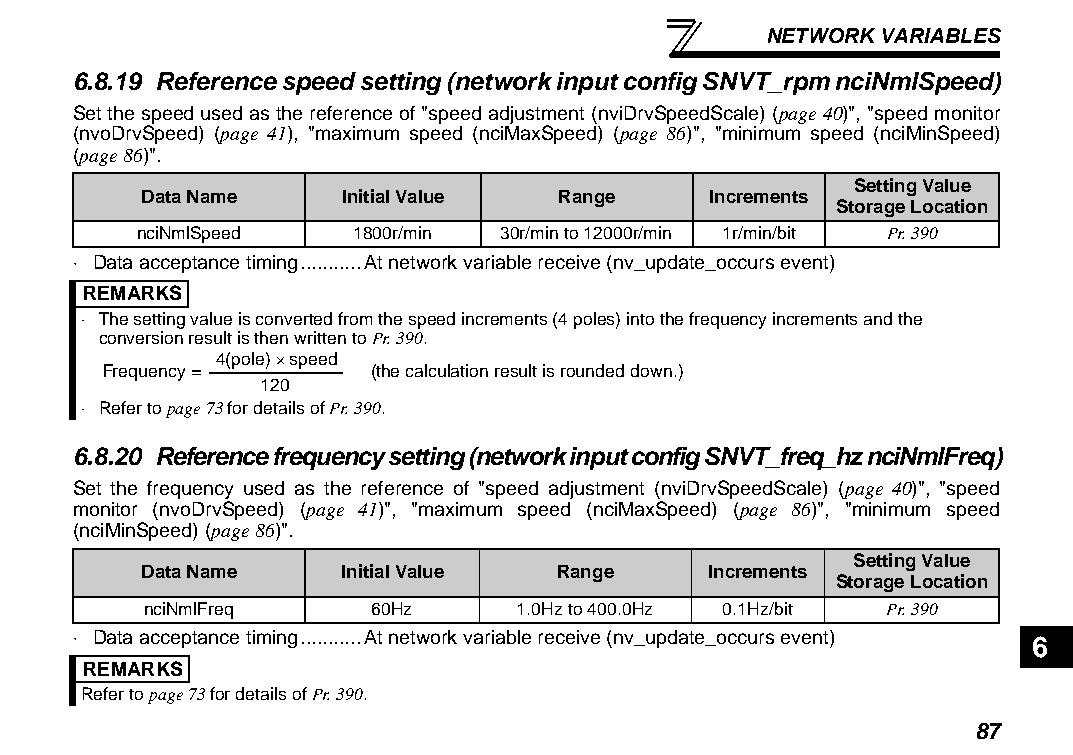
NETWORK VARIABLES
 6.8.19 Reference speed setting (network input config SNVT_rpm nciNmlSpeed)
 Set the speed used as the reference of "speed adjustment (nviDrvSpeedScale) (page 40)", "speed monitor
 (nvoDrvSpeed) (page 41), "maximum speed (nciMaxSpeed) (page 86)", "minimum speed (nciMinSpeed)
 (page 86)".
 Setting Value
 Data Name    Initial Value  Range     Increments
 Storage Location
 nciNmlSpeed   1800r/min 30r/min to 12000r/min 1r/min/bit Pr. 390
 ⋅ Data acceptance timing...........At network variable receive (nv_update_occurs event)
 REMARKS
 ⋅ The setting value is converted from the speed increments (4 poles) into the frequency increments and the
 conversion result is then written to Pr. 390.
 4(pole) × speed
 Frequency =       (the calculation result is rounded down.)
 120
 ⋅ Refer to page 73 for details of Pr. 390.
 6.8.20 Reference frequency setting (network input config SNVT_freq_hz nciNmlFreq)
 Set the frequency used as the reference of "speed adjustment (nviDrvSpeedScale) (page 40)", "speed
 monitor (nvoDrvSpeed) (page 41)", "maximum speed (nciMaxSpeed) (page 86)", "minimum speed
 (nciMinSpeed) (page 86)".
 Setting Value
 Data Name    Initial Value  Range     Increments
 Storage Location
 nciNmlFreq     60Hz      1.0Hz to 400.0Hz 0.1Hz/bit Pr. 390
 ⋅ Data acceptance timing...........At network variable receive (nv_update_occurs event) 6
 REMARKS
 Refer to page 73 for details of Pr. 390.
 87